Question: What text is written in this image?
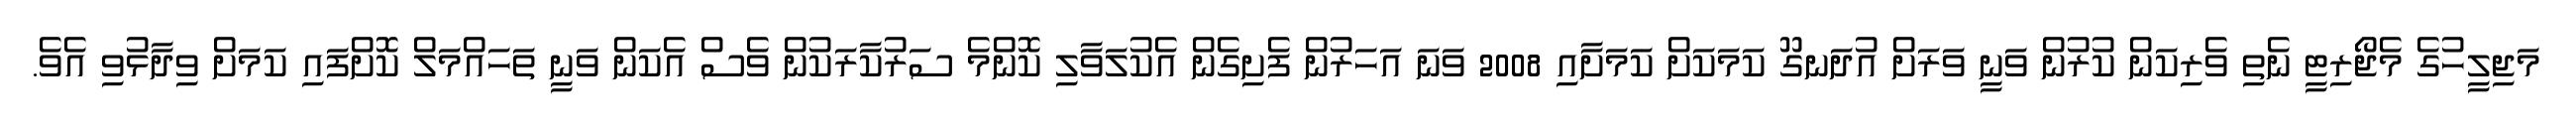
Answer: މަޖިލީހުގެ މެޖޯރިޓީ ނެތި ވެރިކަން ކުރުން ވަނީ ވަރަށް އުދަނގޫ ކަމަކަށް ކަމަށާއި 2008 ވަނަ އަހަރުން ފެށިގެން އެކުލަވާލި ކޮންމެ ސަރުކާރަކުން ވެސް އެކަން ވަނީ ތަހައްމަލް ކޮށްފައި ކަމަށް ވިދާޅުވި އެވެ.